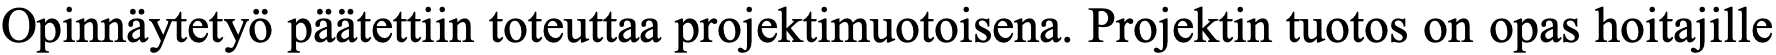
Opinnäytetyö päätettiin toteuttaa projektimuotoisena. Projektin tuotos on opas hoitajille